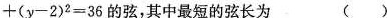
+ ( y - 2 ) ^ { 2 } = 3 6$$的弦，其中最短的弦长为 ()